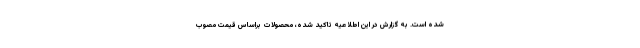
شده است. به گزارش در این اطلاعیه تاکید شده، محصولات براساس قیمت مصوب